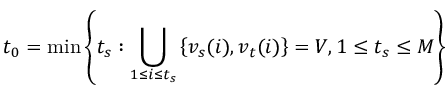
t _ { 0 } = \operatorname* { m i n } \left\{ t _ { s } : \bigcup _ { 1 \le i \le t _ { s } } \left\{ { v _ { s } } ( i ) , { v _ { t } } ( i ) \right\} = V , 1 \le t _ { s } \le M \right\}